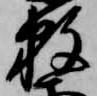
数